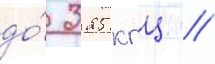
до́ 325 кгц /